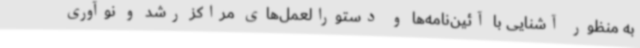
به منظور آشنایی با آئین‌نامه‌ها و دستورالعمل‌های مراکز رشد و نوآوری